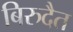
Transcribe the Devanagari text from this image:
बिरुदैत